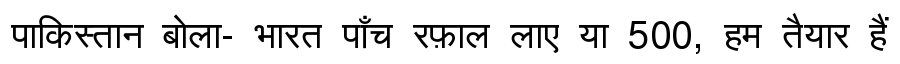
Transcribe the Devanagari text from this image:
पाकिस्तान बोला- भारत पाँच रफ़ाल लाए या 500, हम तैयार हैं